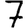
Digit: 7